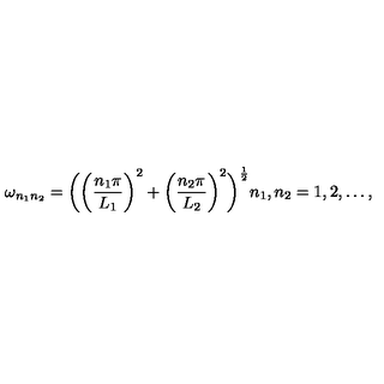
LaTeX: \omega _ { n _ { 1 } n _ { 2 } } = \biggl ( \biggl ( \frac { n _ { 1 } \pi } { L _ { 1 } } \biggr ) ^ { 2 } + \biggl ( \frac { n _ { 2 } \pi } { L _ { 2 } } \biggr ) ^ { 2 } \biggr ) ^ { \frac { 1 } { 2 } } n _ { 1 } , n _ { 2 } = 1 , 2 , \dots ,